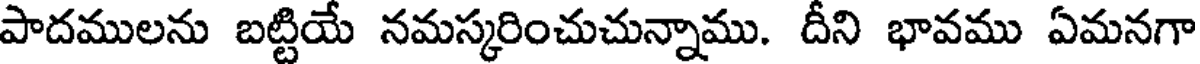
పాదములను బట్టియే నమస్కరించుచున్నాము. దీని భావము ఏమనగా